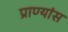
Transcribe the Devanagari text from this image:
प्राण्यांस